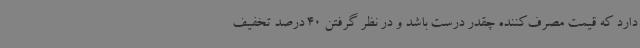
دارد که قیمت مصرف‌کننده چقدر درست باشد و در نظر گرفتن 40 درصد تخفیف